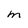
Character: m